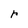
Character: r